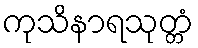
ကုသိနာရသုတ္တံ